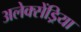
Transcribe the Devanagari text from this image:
अलेक्सेंड्रिया